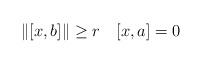
LaTeX: \begin{align*}\|[x,b]\|\geq r\quad[x,a]=0\end{align*}